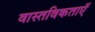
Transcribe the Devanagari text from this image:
वास्तविकताएॅ